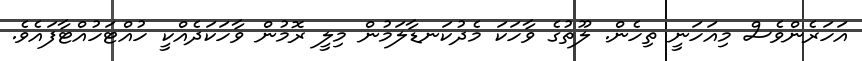
އަހަރެންވެސް މިއަހަނީ ތިހެން. ލޫތުގެ ވާހަކަ މެދުކަނޑާލަމުން މިލީ ރޮމުން ވާހަކަދެއްކީ ހުއްޓަހުއްޓާފައެވެ.